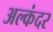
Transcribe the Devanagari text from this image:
अल्कंदर